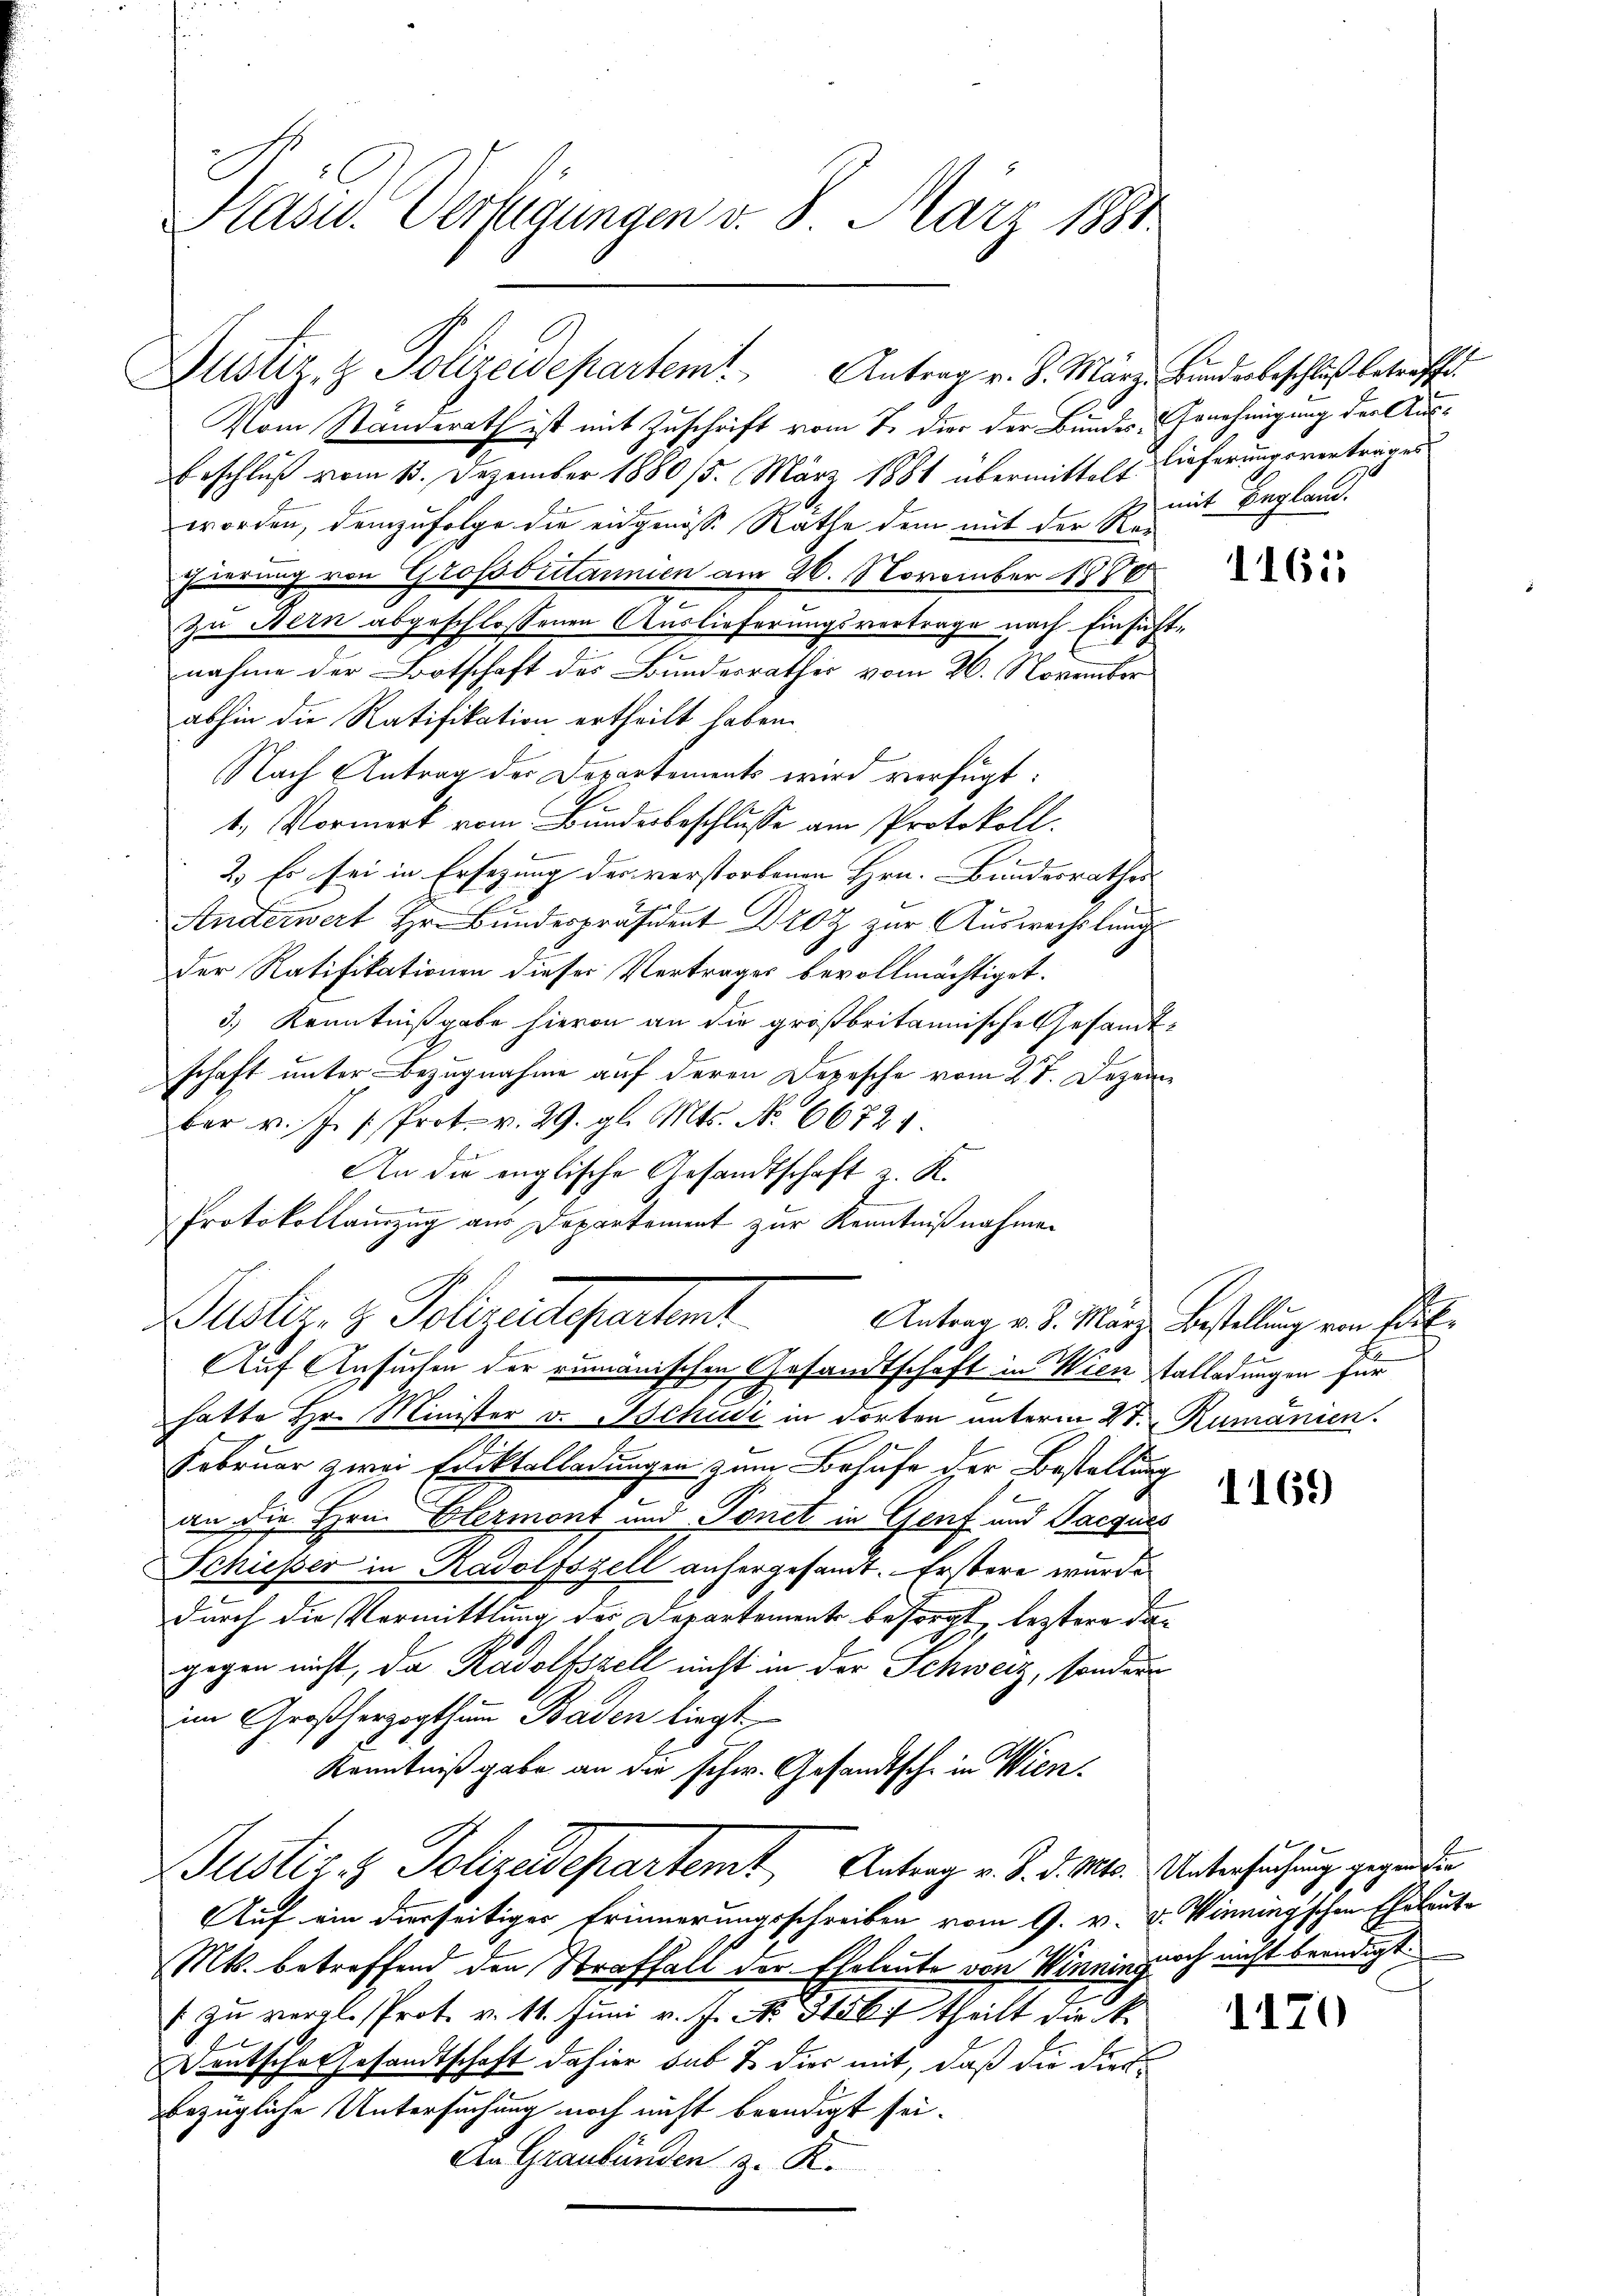
Kasu. Verfügungen v. 8. März 1881.

Justiz- & Polizeidepartem Antrag v. 8. März. Bunderbeschluß betreffe.

Vom Standerath ist mit Zuschrift vom 7. dies der Bundes- Genehmigung der Aus¬
Erschluß vom 13. Dezember 1880/5. März 1884 übermittelt
worden, demzufolge die eidgenöss. Räthe dem mit der Recuierung von Grossbitannien am 26. November 1880
Zu Bern abgeschlossenen Auslieferungsvertrage nach Einsichtnahme der Botschaft des Bundesrathes vom 26. November
abhin die Ratifikation ertheilt haben
Nach Antrag der Departements wird verfügt:
1.) Vormerk vom Bundesbeschlusse am Protokoll.
2.) Es sei in Ersezung der verstorbenen Hrn. Bundesrathes |
n
Anderwert Hr. Bunderpräsident Dr zur Auswechslung
der Ratifikationen dieser Vertrages bevollmächtiget.
3.) Kenntnißgabe hievon an die größbritannische Gesandtschaft unter Bezugnahme auf deren Depesche vom 27. Dezember v. J. Prot. v. 29. gl. Mts. No 66721.
An die englische Gesandtschaft K.

Protokollauszug aus Departement zur Kenntnißnahmen
etz. 3. Polizeiligentent
Auf Ansuchen der rumänischen Gesandtschaft in Wien Talladungen für
hatte Hr. Minister v. Tschudi in dorten unterm 2t. Rumänien.
Februar zwei Ediktalladungen zum Behufe der Bestellung
an die Hrn. Elermont und Tonet in Genf und Jacques
Schiesser in Radolfszell anhergesandt. Erstere wurde
durch die Vormittlung der Departemente besorgt, leztere dagegen nicht, da Radolfszell nicht in der Schweiz, sondern
im Großherzogthum Baden liegt
Kenntniß gabe an die schw. Gesandtsche in Wien.
Justiz & Polizeidepartemt Antrag v. d. d. Mts. Untersuchung gegenden
Auf ein dierseitiger Erinnerungsschreiben vom 9. v. d. Winningschen Eheleute
Mts. betreffend den Straffall der Eheleute von Winningioch nicht beredigt
/ zu vergl. Prot. v. 11. Juni v. J. No. 31567 theilt die k.
Deutsches Gesandtschaft dahier sub u. dies mit, daß die diesbezügliche Untersuchung noch nicht beendigt sei.
An Graubünden z. K.

lieferungsvertrages
mit Begland.

1161

Antrag v. 8. März Bestellung von Frl.

1169

1170